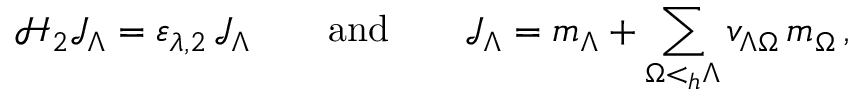
{ \mathcal H } _ { 2 } { \mathcal J } _ { \Lambda } = \varepsilon _ { \lambda , 2 } \, { \mathcal J } _ { \Lambda } \qquad \mathrm { a n d } \qquad { \mathcal J } _ { \Lambda } = m _ { \Lambda } + \sum _ { \Omega < _ { h } \Lambda } v _ { \Lambda \Omega } \, m _ { \Omega } \, ,